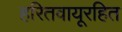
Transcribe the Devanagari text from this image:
हरितवायूरहित